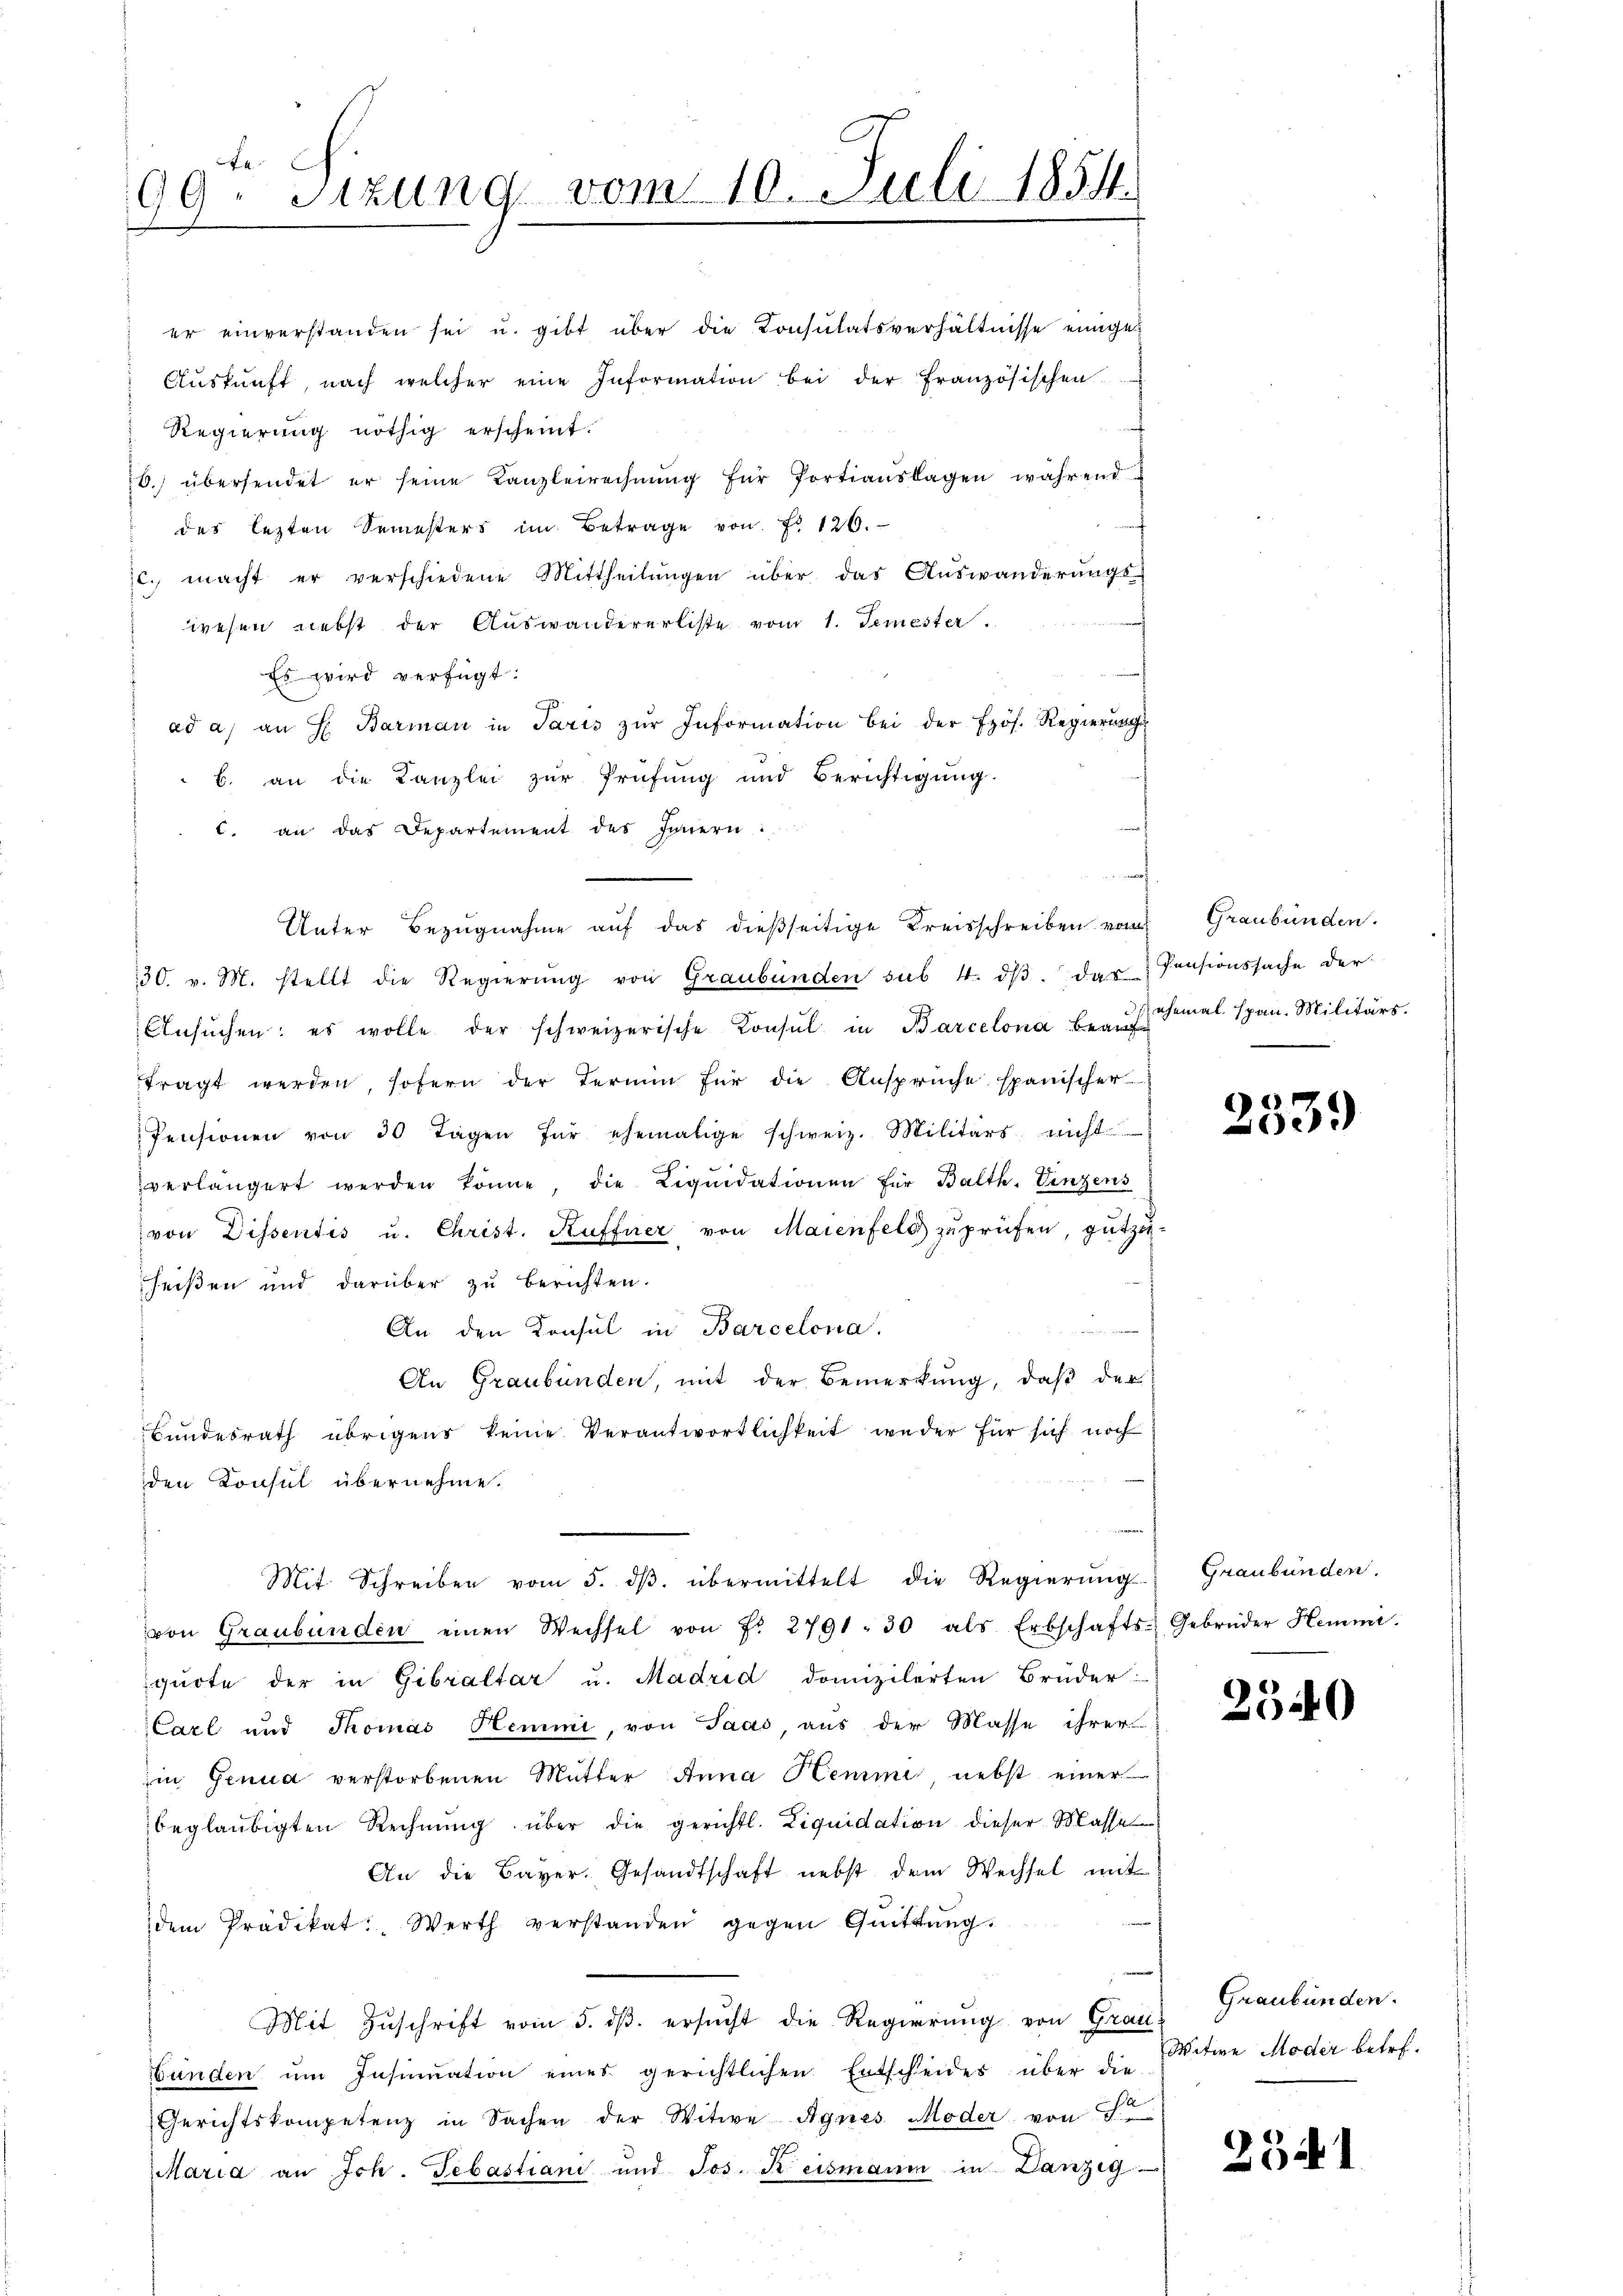
99. Sitzung vom 10. Juli 1854.

Regierung nöthig erscheint.
b.) übersendet er seine Kanzleirechnŭng für Portiauslagen während
des lezten Semesters im Betrage von Fr. 126.
c. macht er verschiedene Mittheilungen über das Auswanderungs-
wesen nebst der Auswandererliste vom 1. Semester.
Es wird verfügt:
ad a) an H. Barman in Paris zŭr Information bei der Prof. Regierungsb. an die Kanzlei zur Prüfung und Berichtigŭng.
c. an das Departement des Innern:
30. v. M. stellt die Regierŭng von Graubünden sub. 4. dβ das Pensionssache der
Ansŭchen: es wolle der schweizerische Konsul in Barcelona beauf
fragt werden, sofern der Termin für die Ansprüche spanischer
Pensionen von 30 Tagen für ehemalige schweiz. Militärs nicht
verlängert werden könne, die Liqŭidationen für Balth. Vinzens
von Dissentis u. Christ. Kuffner von Maienfeld zuprüfen, gutzu-
scheißen und darüber zu berichten.
An den Konsul in Barcelona.
An Graubünden, mit der Bemerkung, daß der
Bundesrath übrigens keine Verantwortlichkeit weder für sich noch
den Konsul übernehme.
Mit Schreiben vom 5. dβ übermittelt die Regierŭngs-
von Graubünden einen Wechsel von Fr. 2791. 30 als Erbschafts-
quote der in Gibraltar u. Madrid domizilerten Brüder:
Carl und Thomas Hemmi, von Saas, aus der Masse ihrer
in Genua verstorbenen Mutter Anna Hemme, nebst einer
beglaubigten Rechnŭng über die gerichtl. Liquidation dieser Masse
An die Bayer. Gesandtschaft nebst dem Wechsel mit
dem Prädikat. Werth verstanden gegen Quittŭng.
Mit Zuschrift vom 5. dß. ersucht die Regierung von Grau
bünden ŭm Insinuation eines gerichtlichen Entscheides über die
Gerichtskompetenz in Sachen der Witwe Agnes Moder von St
Maria an Ich. Sebastiani und Jos. Keismann in Lanzig

er einverstanden sei u. gibt über die Consulatsverhältnisse einiges
Aŭskŭnft, nach welcher eine Information bei der französischen

Unter Bezugnahme auf das dießseitige Kreisschreiben vom Graubünden.

ehemal span. Militärs.

2539

Graubünden.
Gebrüder Hemmi.

2540

Graubünden.
Witwe Moder betr.

25 d